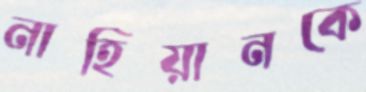
নাহিয়ানকে